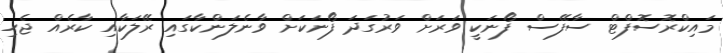
މައިކްރޮސޮފްޓް ސާފޭސް ފޯނަކީ ވަރަށް ވަރުގަދަ ފޯނަކަށް ވާނެލަންކާގައި ރޭލަކާއި ކާރެއް ޖެހި